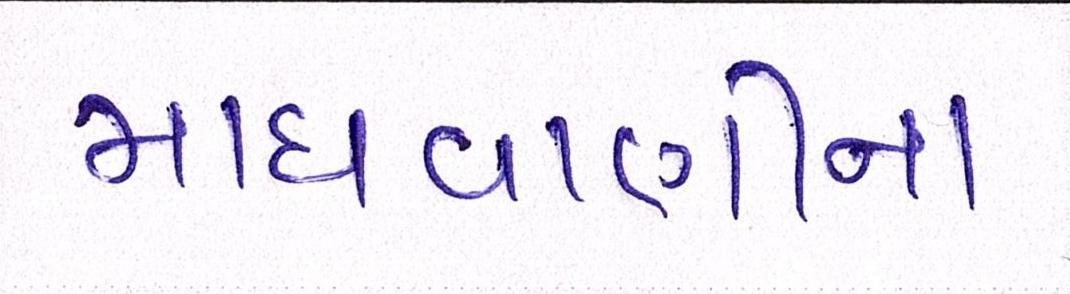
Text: માધવાણીના